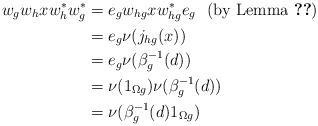
\begin{align*}w_{g}w_{h}xw_{h}^{*}w_{g}^{*}&=e_{g}w_{hg}xw_{hg}^{*}e_{g} ~~(\textrm{by Lemma \ref{w-relations}}) \\ &=e_{g}\nu(j_{hg}(x)) \\ & = e_{g}\nu(\beta_{g}^{-1}(d)) \\ &=\nu(1_{\Omega g})\nu(\beta_{g}^{-1}(d)) \\ &=\nu(\beta_{g}^{-1}(d)1_{\Omega g})\end{align*}